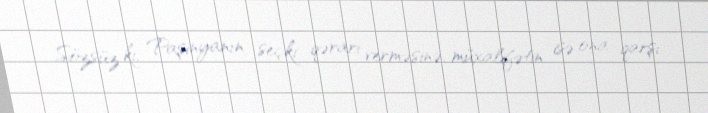
Sözsüz ki, Paşinyanın seçki qərarı verməsinə, müxalifətin isə ona qarşı